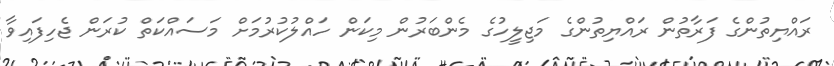
ރައްޔިތުންގެ ފަރާތުން ރައްޔިތުންގެ މަޖިލީހުގެ މެންބަރުން މިކަން ހައްލުކުރުމަށް މަސައްކަތް ކުރަން ޖެހިފައިވާ